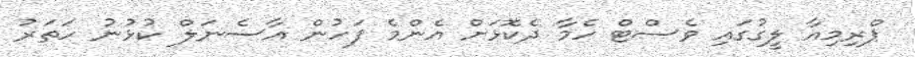
ޕްރިމިއާ ލީގުގައި ވެސްޓް ހެމާ ދެކޮޅަށް އެންމެ ފަހުން އާސެނަލް ކުޅުނު ހަތަރު